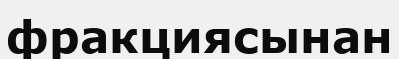
фракциясынан